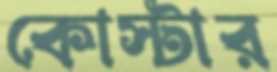
কোস্টার